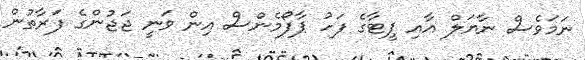
ނަމަވެސް ނާޔަލް އާއި ޕީޓާގެ ފަހު ޕާފޯމެންސް އިން ވަނީ ޖަޖުންގެ ފަރާތުން